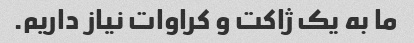
ما به یک ژاکت و کراوات نیاز داریم.